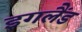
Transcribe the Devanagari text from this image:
इगलैंड